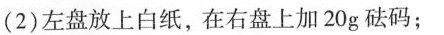
(2)左盘放上白纸，在右盘上加20g砝码；